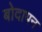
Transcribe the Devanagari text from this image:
बोदापन